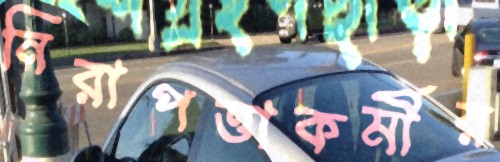
নিরাপত্তাকর্মীর